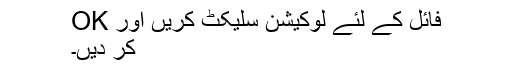
فائل کے لئے لوکیشن سلیکٹ کریں اور OK
کر دیں۔